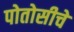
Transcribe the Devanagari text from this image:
पोतोसीचे